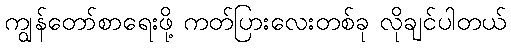
ကျွန်တော်စာရေးဖို့ ကတ်ပြားလေးတစ်ခု လိုချင်ပါတယ်